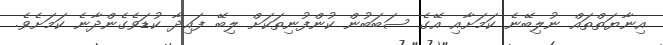
އިނާޔަތްތައް ނުލިބޭނެ ކަމަށާއި އޭގެ ސަބަބުން ކުންފުނިތަކަށް ލިބޭ ފައިދާ ކުޑަވެގެންދާނެ ކަމަށެވެ.